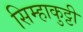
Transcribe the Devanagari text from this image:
सिम्हाकुट्टी